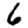
Digit: 6